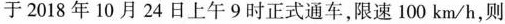
于2018年10月24日上午9时正式通车，限速100km/h，则